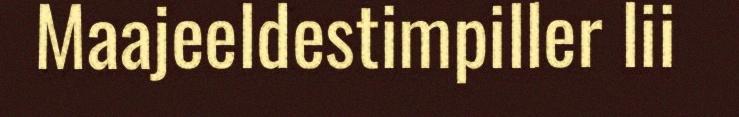
Maajeeldestimpiller lii